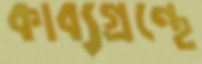
কাব্যগ্রন্থে